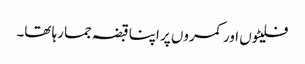
فلیٹوں اور کمروں پر اپنا قبضہ جما رہا تھا۔